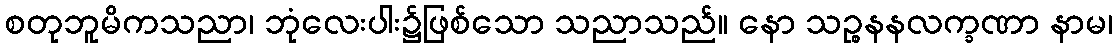
စတုဘူမိကသညာ၊ ဘုံလေးပါး၌ဖြစ်သော သညာသည်။ နော သဉ္စနနလက္ခဏာ နာမ၊